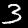
Label: 3